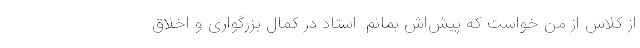
از کلاس از من خواست که پیش‌اش بمانم. استاد در کمال بزرگواری و اخلاق